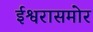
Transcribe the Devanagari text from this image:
ईश्वरासमोर